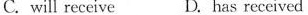
C. will receive D. has received